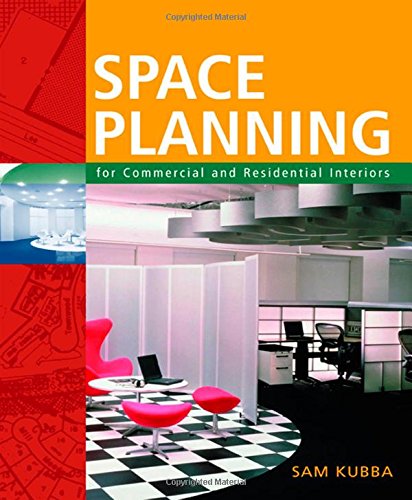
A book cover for Space Planning for Commercial and Residential Interiors; Sam Kubba; Crafts, Hobbies & Home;